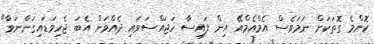
ކޮންމެ ގޮތަކަށް ނަމަވެސް އެމްއެމްއޭ އިން ފައިސާ ހަޖައްސަވައި ދެއްވަން އެބަ ޖެހިވަޑައިގަންނަވާ"